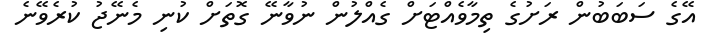
އޭގެ ސަބަބުން ރަށުގެ ތިމާވެއްޓަށް ގެއްލުން ނުވާނޭ ގޮތަށް ކުނި މެނޭޖު ކުރެވޭނެ